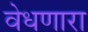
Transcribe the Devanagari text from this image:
वेधणारा